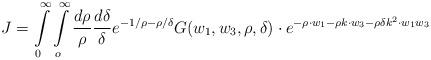
LaTeX: \begin{align*}J=\int \limits _0^\infty \int \limits _o^\infty \frac{d\rho}{\rho}\frac{d\delta}{\delta} e^{-1/\rho -\rho /\delta} G (w_1,w_3,\rho ,\delta ) \cdot e^{-\rho\cdot w_1-\rho k\cdot w_3-\rho \delta k^2\cdot w_1w_3}\end{align*}